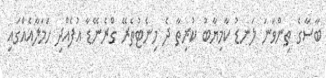
ބާސާގެ ތިންވަނަ ލަނޑު ކާމިޔާބު ކުރިތާ ދެ މިނެޓުތެރޭ ގްރެނޭޑާ އުފެއްދި ހަމަލާއެއްގައި